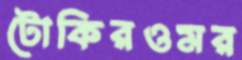
টোকিরওমর